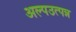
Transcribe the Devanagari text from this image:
अल्पउत्पन्न